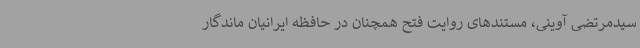
سیدمرتضی آوینی، مستندهای روایت فتح همچنان در حافظه ایرانیان ماندگار